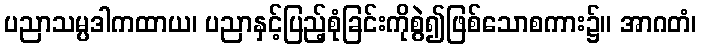
ပညာသမ္ပဒါကထာယ၊ ပညာနှင့်ပြည့်စုံခြင်းကိုစွဲ၍ဖြစ်သောစကား၌။ အာဂတံ၊